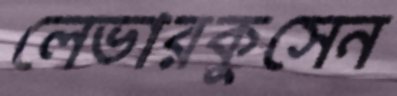
লেভারকুসেন